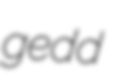
gedd